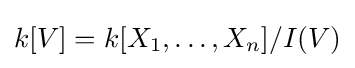
k[V]=k[X_{1},\dots ,X_{n}]/I(V)